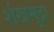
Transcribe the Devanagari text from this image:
शंखमुद्रा